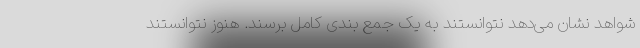
شواهد نشان می‌دهد نتوانستند به یک جمع بندی کامل برسند. هنوز نتوانستند